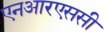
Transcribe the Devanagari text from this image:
एनआरएससी